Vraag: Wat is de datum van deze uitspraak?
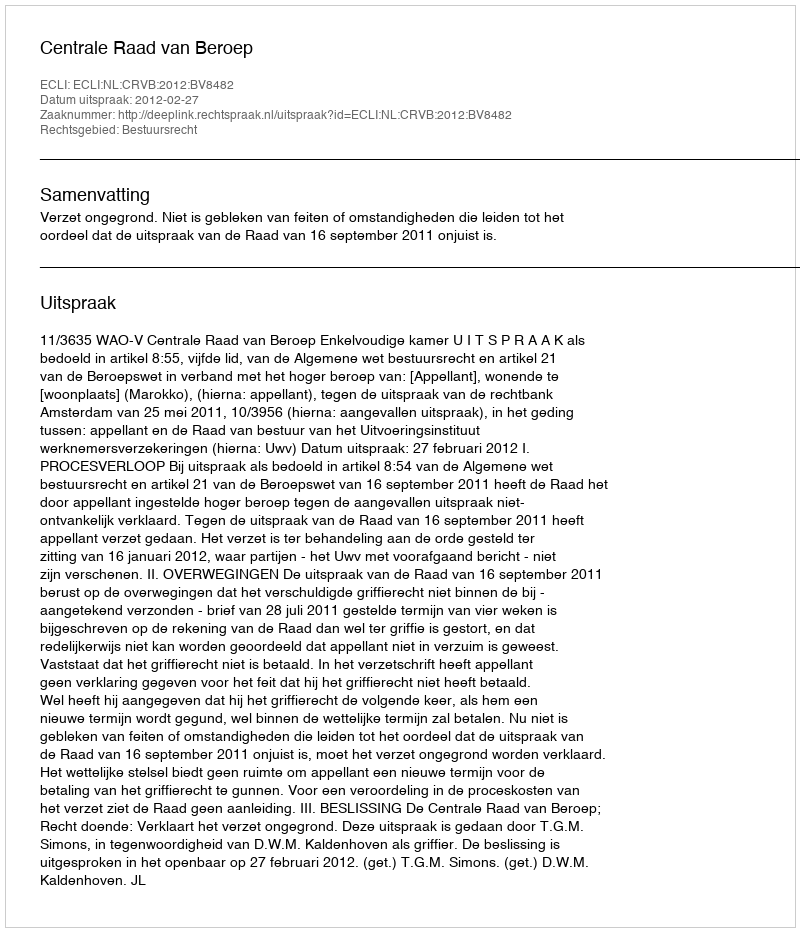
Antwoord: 2012-02-27